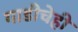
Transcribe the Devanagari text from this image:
गाडीचेही